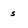
Character: s